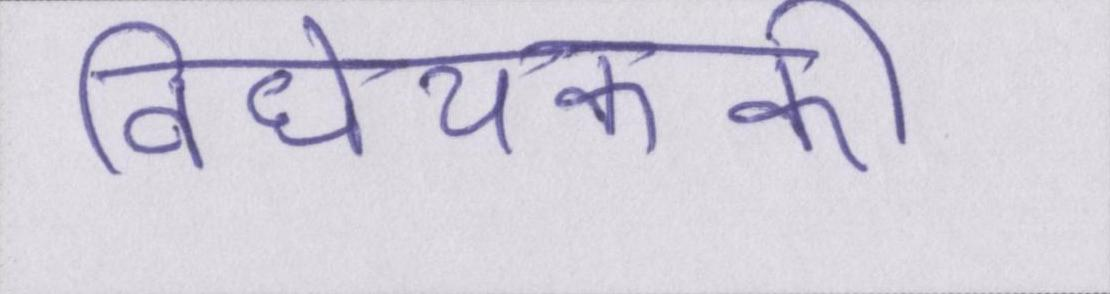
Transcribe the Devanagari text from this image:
विधेयककी